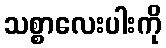
သစ္စာလေးပါးကို